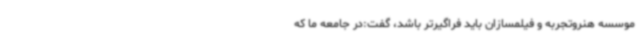
موسسه هنروتجربه و فیلمسازان باید فراگیرتر باشد، گفت:در جامعه ما که